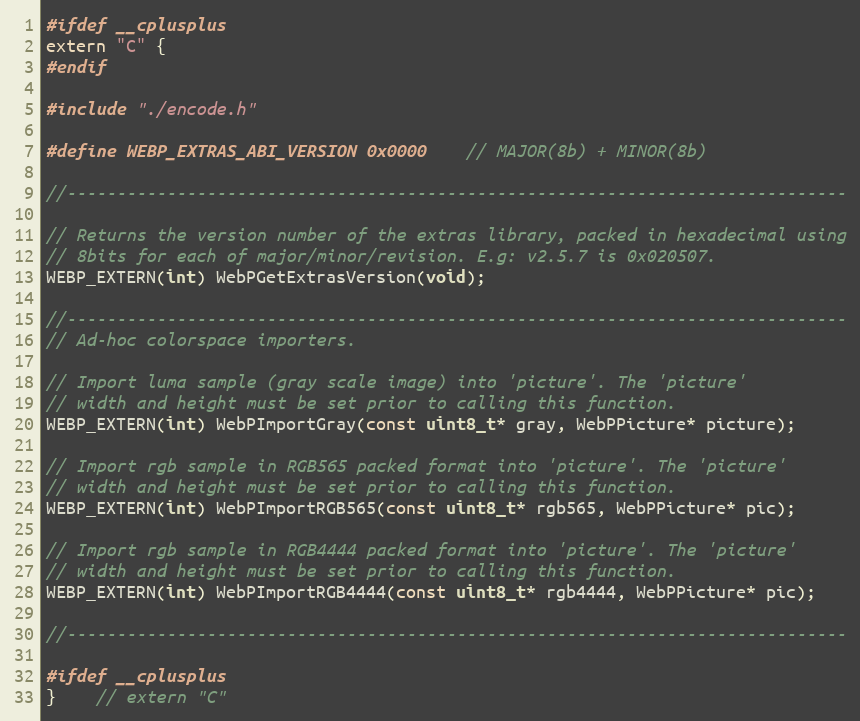
Language: C
#ifdef __cplusplus
extern "C" {
#endif

#include "./encode.h"

#define WEBP_EXTRAS_ABI_VERSION 0x0000    // MAJOR(8b) + MINOR(8b)

//------------------------------------------------------------------------------

// Returns the version number of the extras library, packed in hexadecimal using
// 8bits for each of major/minor/revision. E.g: v2.5.7 is 0x020507.
WEBP_EXTERN(int) WebPGetExtrasVersion(void);

//------------------------------------------------------------------------------
// Ad-hoc colorspace importers.

// Import luma sample (gray scale image) into 'picture'. The 'picture'
// width and height must be set prior to calling this function.
WEBP_EXTERN(int) WebPImportGray(const uint8_t* gray, WebPPicture* picture);

// Import rgb sample in RGB565 packed format into 'picture'. The 'picture'
// width and height must be set prior to calling this function.
WEBP_EXTERN(int) WebPImportRGB565(const uint8_t* rgb565, WebPPicture* pic);

// Import rgb sample in RGB4444 packed format into 'picture'. The 'picture'
// width and height must be set prior to calling this function.
WEBP_EXTERN(int) WebPImportRGB4444(const uint8_t* rgb4444, WebPPicture* pic);

//------------------------------------------------------------------------------

#ifdef __cplusplus
}    // extern "C"